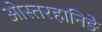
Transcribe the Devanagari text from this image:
ओस्तरहानिङे